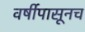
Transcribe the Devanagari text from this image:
वर्षीपासूनच